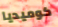
كوميديا